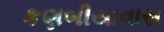
કણબીયાવાસ